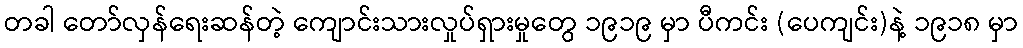
တခါ တော်လှန်ရေးဆန်တဲ့ ကျောင်းသားလှုပ်ရှားမှုတွေ ၁၉၁၉ မှာ ပီကင်း (ပေကျင်း)နဲ့ ၁၉၁၈ မှာ